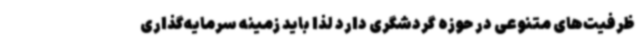
ظرفیت‌های متنوعی در حوزه گردشگری دارد لذا باید زمینه سرمایه‌گذاری